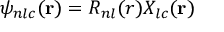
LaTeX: \psi _ { n l c } ( \mathbf { r } ) = R _ { n l } ( r ) X _ { l c } ( \mathbf { r } )